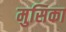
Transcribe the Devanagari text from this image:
मुसिका